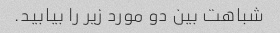
شباهت بین دو مورد زیر را بیابید.